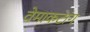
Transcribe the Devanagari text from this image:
वेमाकटांग